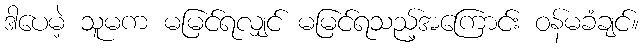
ဒါပေမဲ့ သူမက မမြင်ရလျှင် မမြင်ရသည့်အကြောင်း ဝန်မခံချင်။